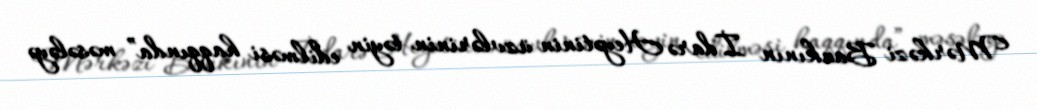
Mərkəzi Bankının İdarə Heyətinin üzvlərinin təyin edilməsi haqqında” məsələyə